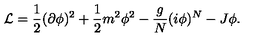
{ \cal L } = { \frac { 1 } { 2 } } ( \partial \phi ) ^ { 2 } + { \frac { 1 } { 2 } } m ^ { 2 } \phi ^ { 2 } - { \frac { g } { N } } ( i \phi ) ^ { N } - J \phi .